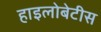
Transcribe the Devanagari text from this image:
हाइलोबेटीस